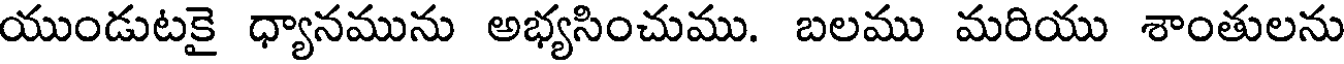
యుండుటకై ధ్యానమును అభ్యసించుము. బలము మరియు శాంతులను